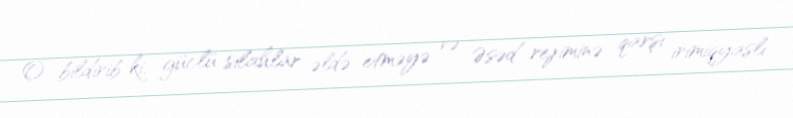
O bildirib ki, güclü silahlar əldə etməyə və Əsəd rejiminə qarşı irimiqyaslı